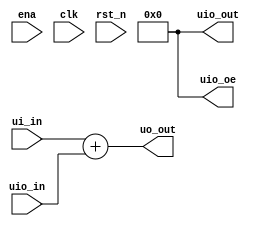
// This program was cloned from: https://github.com/sbasu3/TT07-ANN
// License: Apache License 2.0

/*
 * Copyright (c) 2024 Your Name
 * SPDX-License-Identifier: Apache-2.0
 */

`default_nettype none

module tt_um_sbasu3 (
    input  wire [7:0] ui_in,    // Dedicated inputs
    output wire [7:0] uo_out,   // Dedicated outputs
    input  wire [7:0] uio_in,   // IOs: Input path
    output wire [7:0] uio_out,  // IOs: Output path
    output wire [7:0] uio_oe,   // IOs: Enable path (active high: 0=input, 1=output)
    input  wire       ena,      // always 1 when the design is powered, so you can ignore it
    input  wire       clk,      // clock
    input  wire       rst_n     // reset_n - low to reset
);

  // All output pins must be assigned. If not used, assign to 0.
  assign uo_out  = ui_in + uio_in;  // Example: ou_out is the sum of ui_in and uio_in
  assign uio_out = 0;
  assign uio_oe  = 0;

endmodule